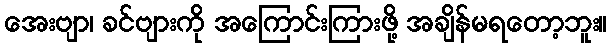
အေးဗျာ၊ ခင်ဗျားကို အကြောင်းကြားဖို့ အချိန်မရတော့ဘူး။